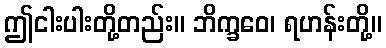
ဤငါးပါးတို့တည်း။ ဘိက္ခဝေ၊ ရဟန်းတို့။